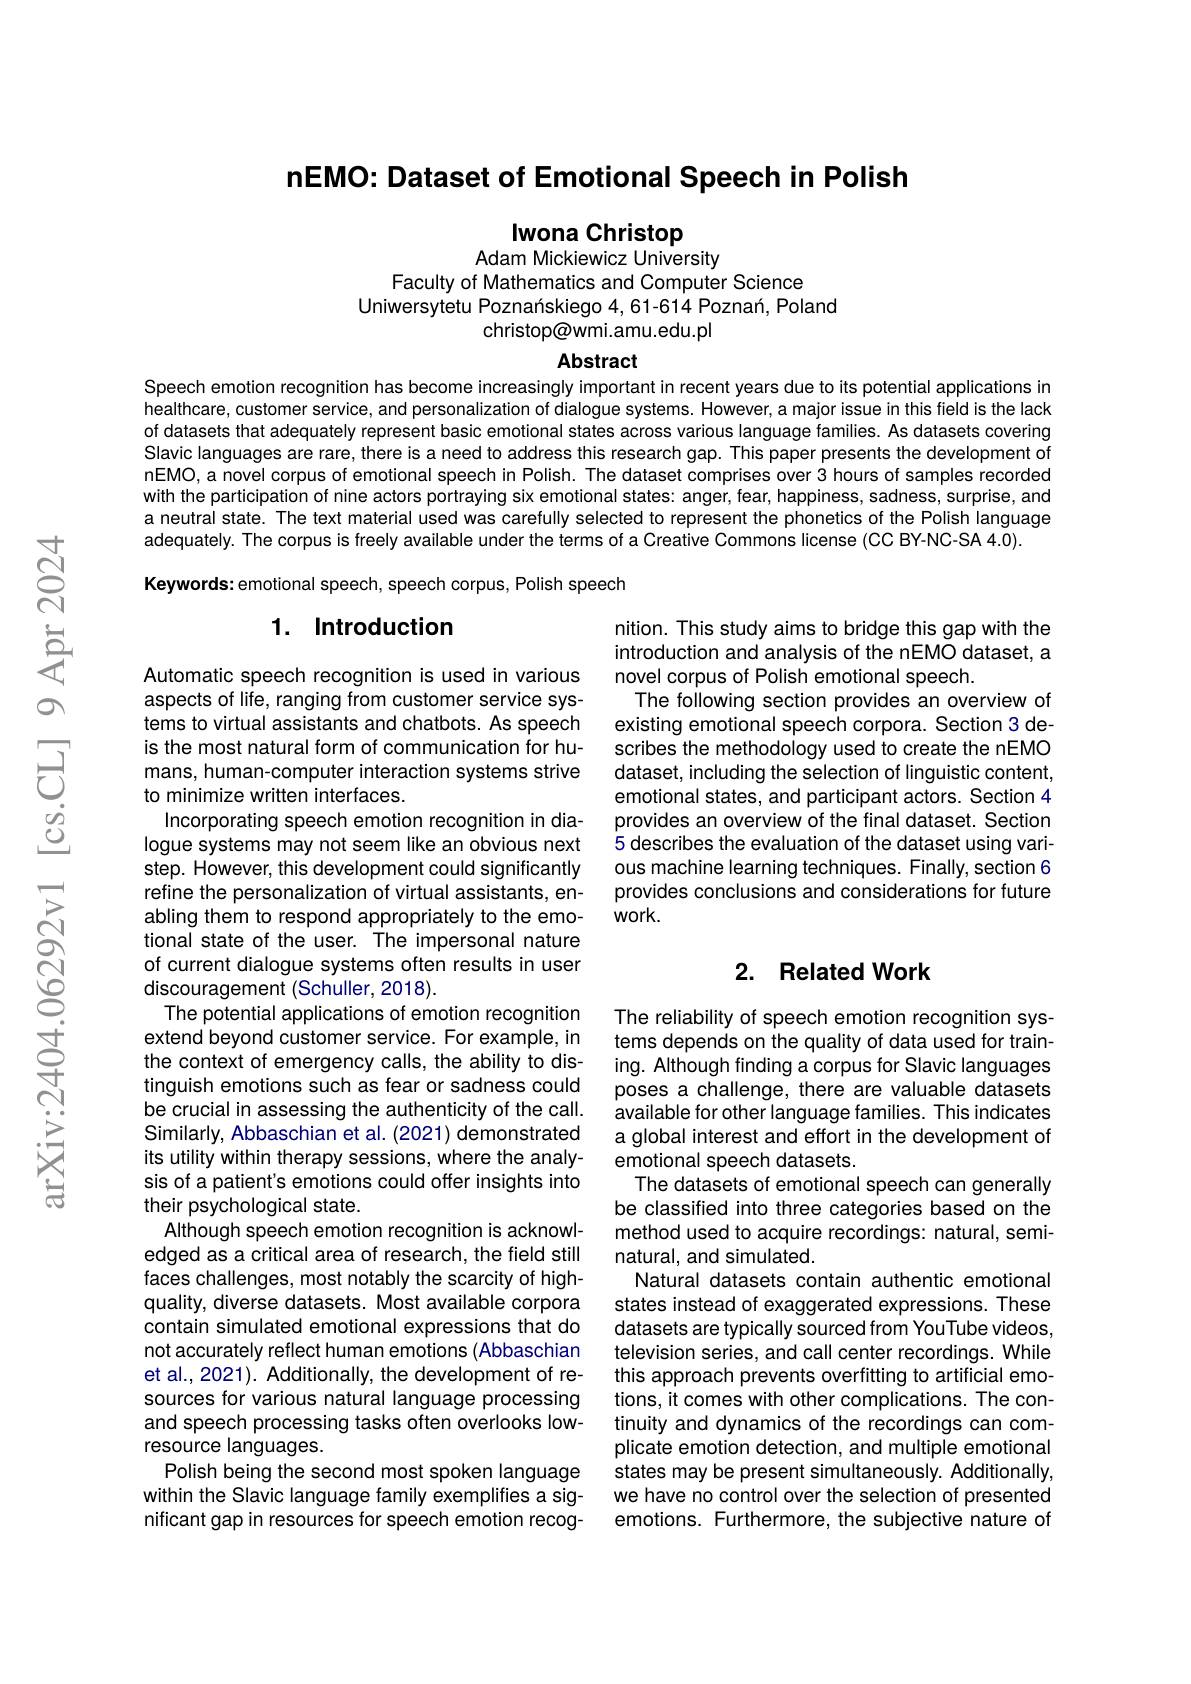
nEMO: Dataset of Emotional Speech in Polish

Iwona Christop
Adam Mickiewicz University

Faculty of Mathematics and Computer Science
Uniwersytetu Poznanskiego 4, 61-614 Poznan, Poland
christop@wmi.amu.edu.pl

Abstract

Speech emotion recognition has become increasingly important in recent years due to its potential applications in healthcare, customer service, and personalization of dialogue systems. However, a major issue in this field is the lack of datasets that adequately represent basic emotional states across various language families. As datasets covering Slavic languages are rare, there is a need to address this research gap. This paper presents the development of nEMO, a novel corpus of emotional speech in Polish. The dataset comprises over 3 hours of samples recorded with the participation of nine actors portraying six emotional states: anger, fear, happiness, sadness, surprise, and a neutral state. The text material used was carefully selected to represent the phonetics of the Polish language adequately. The corpus is freely available under the terms of a Creative Commons license (CC BY-NC-SA 4.0).
Keywords: emotional speech, speech corpus, Polish speech

### 1. Introduction

nition. This study aims to bridge this gap with the introduction and analysis of the nEMO dataset, a novel corpus of Polish emotional speech.
The following section provides an overview of existing emotional speech corpora. Section 3 describes the methodology used to create the nEMO dataset, including the selection of linguistic content, emotional states, and participant actors. Section 4 provides an overview of the final dataset. Section 5 describes the evaluation of the dataset using various machine learning techniques. Finally, section 6 provides conclusions and considerations for future $work.$

## 2. Related Work

Automatic speech recognition is used in various aspects of life, ranging from customer service systems to virtual assistants and chatbots. As speech is the most natural form of communication for humans, human-computer interaction systems strive to minimize written interfaces.
Incorporating speech emotion recognition in dialogue systems may not seem like an obvious next step. However, this development could significantly refine the personalization of virtual assistants, enabling them to respond appropriately to the emotional state of the user. The impersonal nature of current dialogue systems often results in user discouragement (Schuller, 2018).
The potential applications of emotion recognition extend beyond customer service. For example, in the context of emergency calls, the ability to distinguish emotions such as fear or sadness could be crucial in assessing the authenticity of the call. Similarly, Abbaschian et al. (2021) demonstrated its utility within therapy sessions, where the analysis of a patient's emotions could offer insights into their psychological state.
Although speech emotion recognition is acknowledged as a critical area of research, the field still faces challenges, most notably the scarcity of highquality, diverse datasets. Most available corpora contain simulated emotional expressions that do not accurately reflect human emotions (Abbaschian et al., 2021). Additionally, the development of resources for various natural language processing and speech processing tasks often overlooks lowresource languages.
Polish being the second most spoken language within the Slavic language family exemplifies a significant gap in resources for speech emotion recog-

The reliability of speech emotion recognition systems depends on the quality of data used for training. Although finding a corpus for Slavic languages poses a challenge, there are valuable datasets available for other language families. This indicates a global interest and effort in the development of emotional speech datasets.
The datasets of emotional speech can generally be classified into three categories based on the method used to acquire recordings: natural, seminatural, and simulated.
Natural datasets contain authentic emotional states instead of exaggerated expressions. These datasets are typically sourced from YouTube videos, television series, and call center recordings. While this approach prevents overfitting to artificial emotions, it comes with other complications. The continuity and dynamics of the recordings can complicate emotion detection, and multiple emotional states may be present simultaneously. Additionally, we have no control over the selection of presented emotions. Furthermore, the subjective nature of